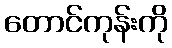
တောင်ကုန်းကို